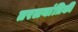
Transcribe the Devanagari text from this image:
तरलयांत्रिकी